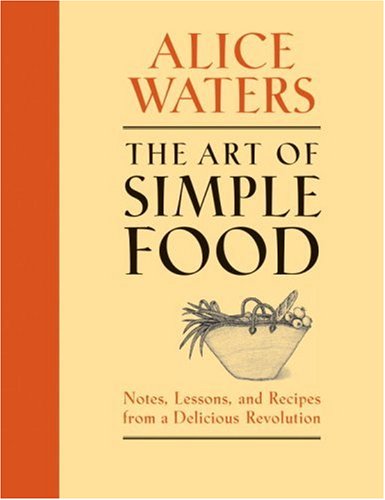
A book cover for The Art of Simple Food: Notes, Lessons, and Recipes from a Delicious Revolution; Alice Waters; Cookbooks, Food & Wine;